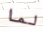
لما